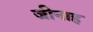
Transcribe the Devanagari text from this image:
जीनाह